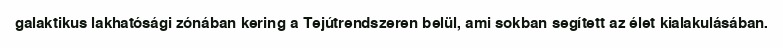
galaktikus lakhatósági zónában kering a Tejútrendszeren belül, ami sokban segített az élet kialakulásában.